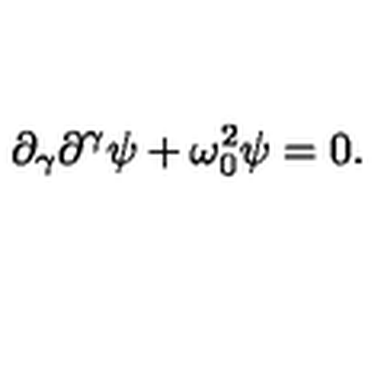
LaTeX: \partial _ { \gamma } \partial ^ { \gamma } \psi + \omega _ { 0 } ^ { 2 } \psi = 0 .